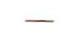
-